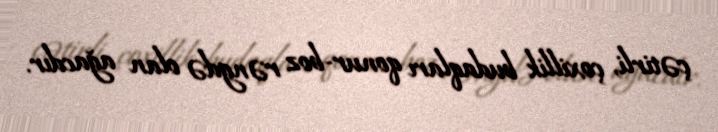
çətirli, çoxillik budaqları qonur-boz rəngdə olan ağacdır.